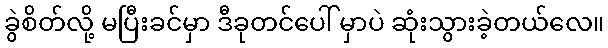
ခွဲစိတ်လို့ မပြီးခင်မှာ ဒီခုတင်ပေါ် မှာပဲ ဆုံးသွားခဲ့တယ်လေ။